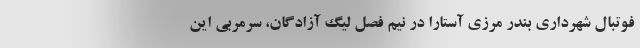
فوتبال شهرداری بندر مرزی آستارا در نیم فصل لیگ آزادگان، سرمربی این